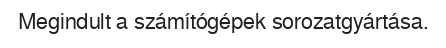
Megindult a számítógépek sorozatgyártása.